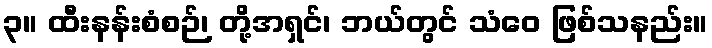
၃။ ထီးနန်းစံစဉ်၊ တို့အရှင်၊ ဘယ်တွင် သံဝေ ဖြစ်သနည်း။